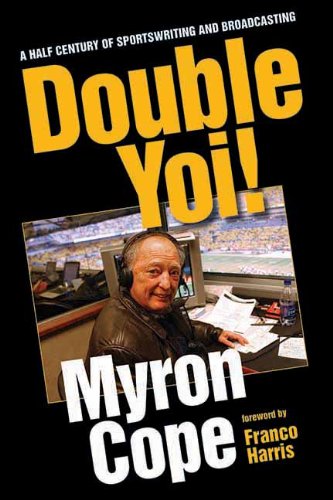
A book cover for Double Yoi!: A Half-Century of Sportswriting and Broadcasting; Myron Cope; Sports & Outdoors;